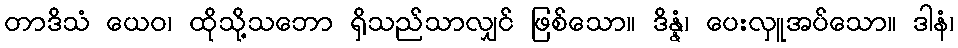
တာဒိသံ ယေဝ၊ ထိုသို့သဘော ရှိသည်သာလျှင် ဖြစ်သော။ ဒိန္နံ၊ ပေးလှူအပ်သော။ ဒါနံ၊